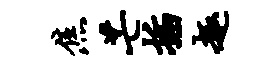
焦芒插趣